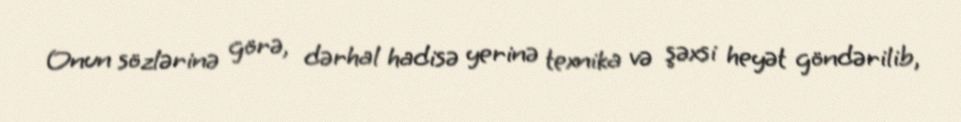
Onun sözlərinə görə, dərhal hadisə yerinə texnika və şəxsi heyət göndərilib,